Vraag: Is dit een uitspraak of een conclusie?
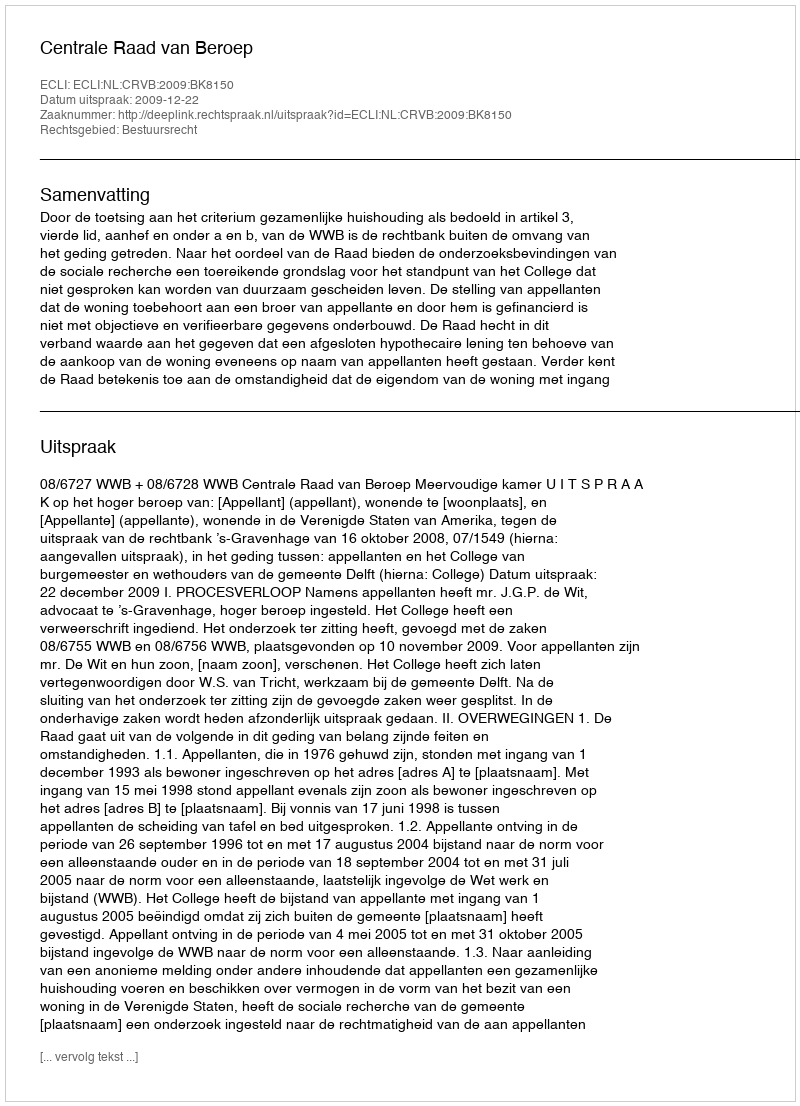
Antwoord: Uitspraak